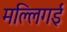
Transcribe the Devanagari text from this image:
मल्लिगई